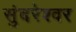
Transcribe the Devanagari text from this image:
सुंदरेश्‍वर